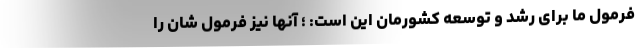
فرمول ما برای رشد و توسعه کشورمان این است: ؛ آنها نیز فرمول شان را